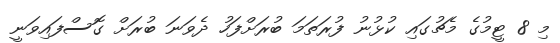
މި 8 ޓީމުގެ މެޗުގައި ކުޅުނު ފުރަތަމަ ބުރަށްފަހު ދެވަނަ ބުރަށް ގޮސްފައިވަނީ